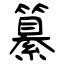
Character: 纂